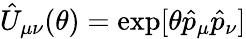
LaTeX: \hat{U}_{\mu\nu}(\theta)=\exp[\theta\hat{p}_{\mu}\hat{p}_{\nu}]